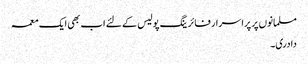
مسلمانوں پر پراسرار فائرینگ پولیس کے لئے اب بھی ایک معمہ
دادری۔